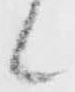
候